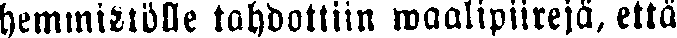
hemmistölle tahdottiin waalipiirejä, että